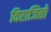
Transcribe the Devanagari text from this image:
विराजितो